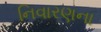
નિવારણના